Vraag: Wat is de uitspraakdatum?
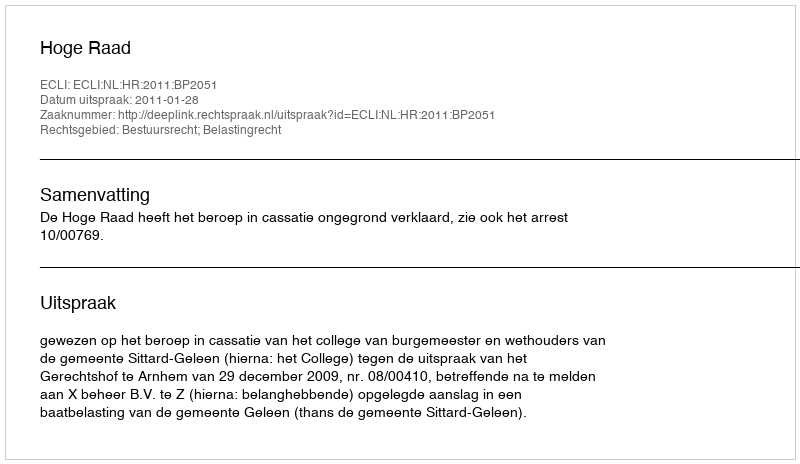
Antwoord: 2011-01-28